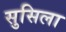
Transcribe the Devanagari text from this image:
सुसिला